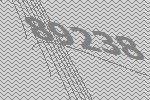
89238